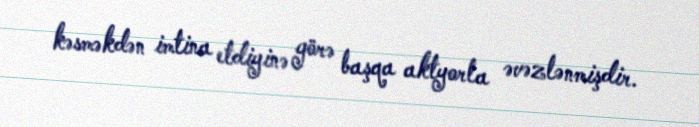
kəsməkdən imtina etdiyinə görə başqa aktyorla əvəzlənmişdir.